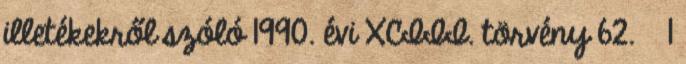
illetékekről szóló 1990. évi XCIII. törvény 62. § 1